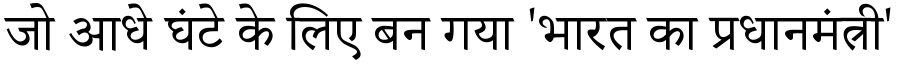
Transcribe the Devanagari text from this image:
जो आधे घंटे के लिए बन गया 'भारत का प्रधानमंत्री'